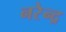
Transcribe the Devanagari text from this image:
नरेेन्द्र